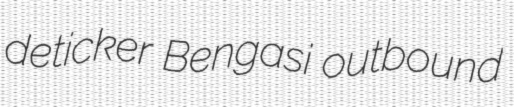
deticker Bengasi outbound